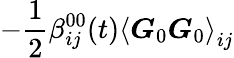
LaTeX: -\frac{1}{2}\beta_{ij}^{00}(t)\left\langle\boldsymbol{G}_{0}\boldsymbol{G}_{0}\right\rangle_{ij}